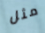
مثل